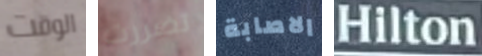
الوقت تضررت الاصابة Hilton